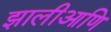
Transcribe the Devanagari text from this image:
झालीआणि